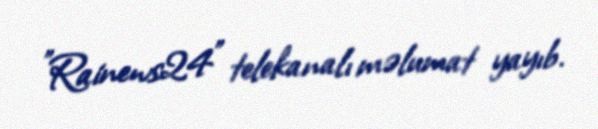
"Rainews24" telekanalı məlumat yayıb.